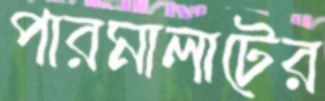
পারমালাটের